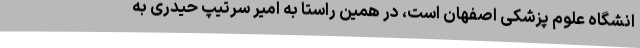
انشگاه علوم پزشکی اصفهان است، در همین راستا به امیر سرتیپ حیدری به